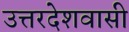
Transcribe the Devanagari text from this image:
उत्तरदेशवासी